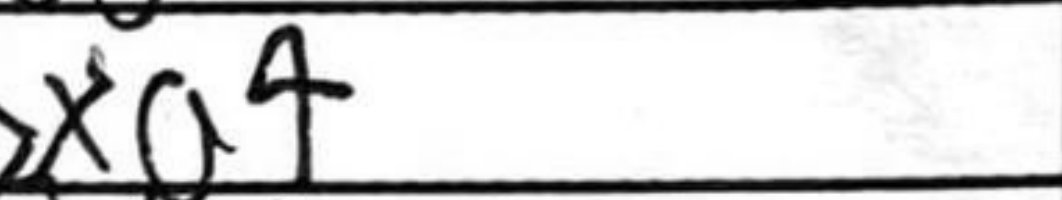
Transcription: bxa4